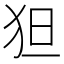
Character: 狚